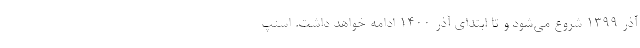
آذر ۱۳۹۹ شروع می‌شود و تا ابتدای آذر ۱۴۰۰ ادامه خواهد داشت. اسنپ